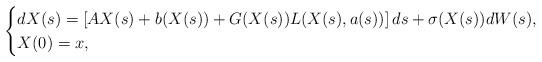
LaTeX: \begin{align*}\begin{cases}dX(s)=\left[AX(s) + b(X(s)) + G(X(s))L(X(s),a(s))\right]ds+ \sigma(X(s))dW(s),\\X(0)=x,\end{cases}\end{align*}